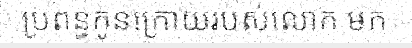
ប្រពន្ធកូនក្រោយរបស់លោក មក